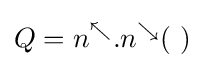
Q=n^{\nwarrow }.n^{\searrow }(~)